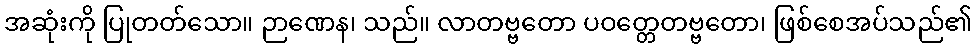
အဆုံးကို ပြုတတ်သော။ ဉာဏေန၊ သည်။ လာတဗ္ဗတော ပဝတ္တေတဗ္ဗတော၊ ဖြစ်စေအပ်သည်၏